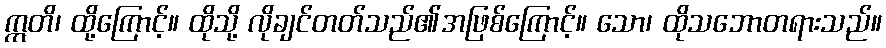
ဣတိ၊ ထို့ကြောင့်။ ထိုသို့ လိုချင်တတ်သည်၏အဖြစ်ကြောင့်။ သော၊ ထိုသဘောတရားသည်။